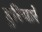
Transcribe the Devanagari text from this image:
हुरियारे